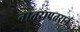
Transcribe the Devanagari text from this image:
नातरापतरानं